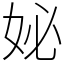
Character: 妼